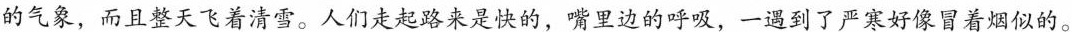
沌的气象，而且整天飞着清雪。人们走起路来是快的，嘴里边的呼吸，一遇到了严寒好像冒着烟似的。